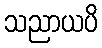
သညာယပိ